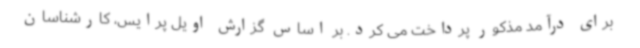
برای درآمد مذکور پرداخت می کرد. بر اساس گزارش اویل پرایس، کارشناسان